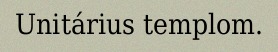
Unitárius templom.